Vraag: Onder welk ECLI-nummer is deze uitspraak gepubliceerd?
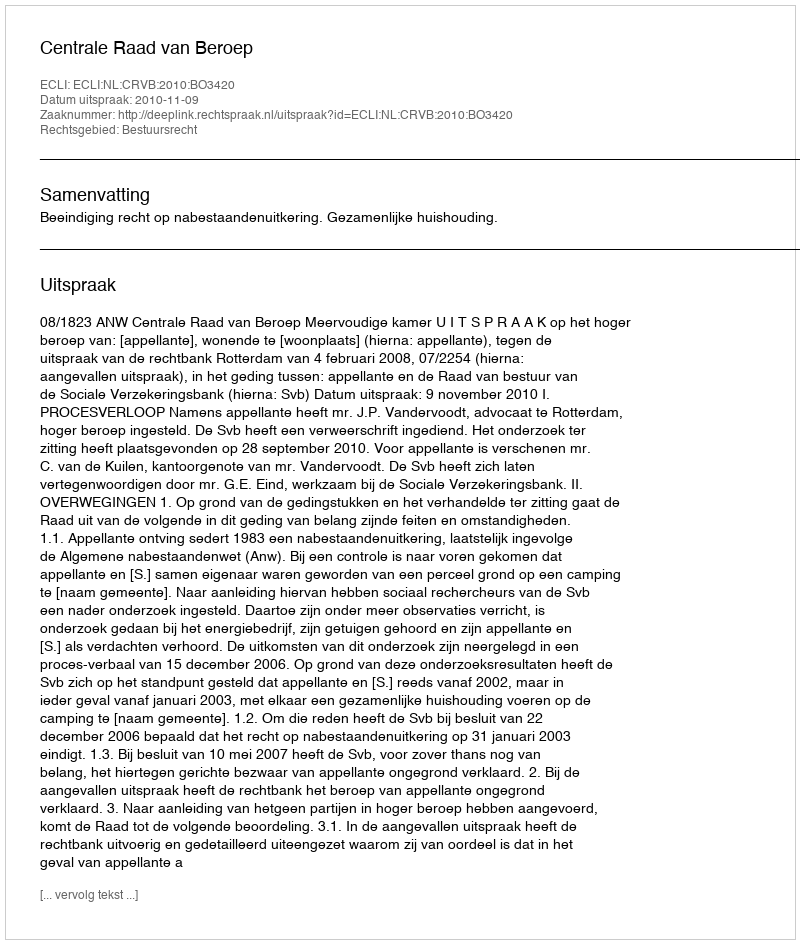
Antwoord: ECLI:NL:CRVB:2010:BO3420